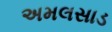
અમલસાડ